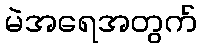
မဲအရေအတွက်